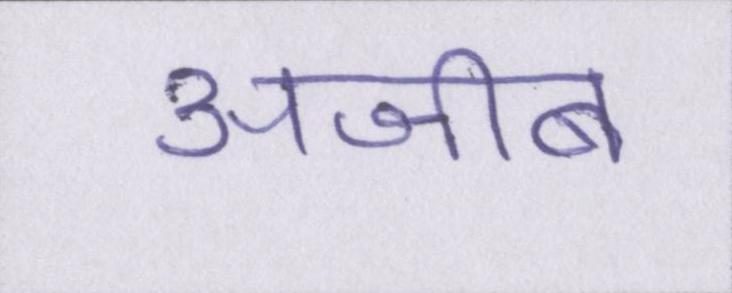
अजीब